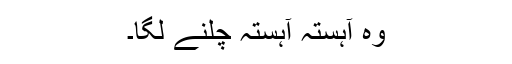
وہ آہستہ آہستہ چلنے لگا۔